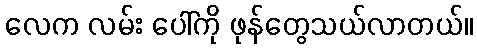
လေက လမ်း ပေါ်ကို ဖုန်တွေသယ်လာတယ်။